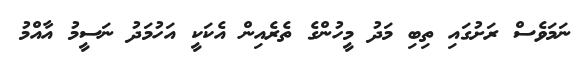
ނަމަވެސް ރަށުގައި ތިބި މަދު މީހުންގެ ތެރެއިން އެކަކީ އަހުމަދު ނަސީމު އާއްމު